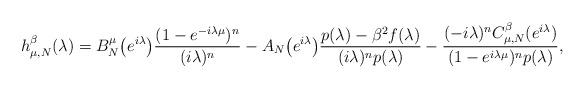
LaTeX: \begin{align*}h^{\beta}_{\mu,N}(\lambda)=B_N^{\mu}\big(e^{i\lambda}\big)\frac{(1-e^{-i\lambda \mu})^n}{(i\lambda)^n}-A_N\bigl(e^{i\lambda}\bigr)\frac{p(\lambda)- \beta^2f(\lambda)}{(i\lambda)^np(\lambda)}-\frac{(-i\lambda)^{n}C_{\mu,N}^{\beta}(e^{i\lambda})}{(1-e^{i\lambda\mu})^np(\lambda)},\end{align*}